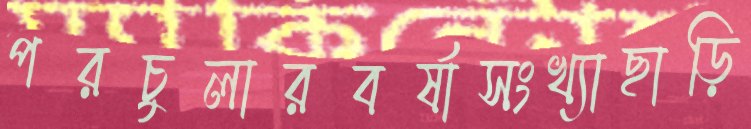
পরচুলারবর্ষাসংখ্যাছাড়ি